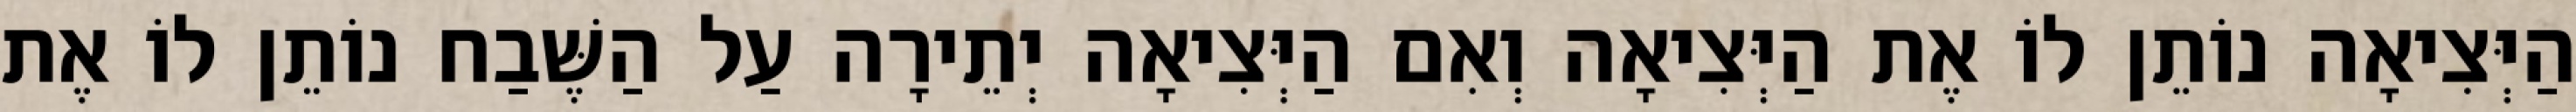
הַיְּצִיאָה נוֹתֵן לוֹ אֶת הַיְּצִיאָה וְאִם הַיְּצִיאָה יְתֵירָה עַל הַשֶּׁבַח נוֹתֵן לוֹ אֶת